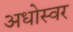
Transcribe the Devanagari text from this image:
अधोस्वर